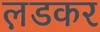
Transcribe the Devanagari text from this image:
ल़डकर